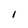
Character: i